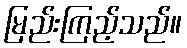
မြည်းကြည့်သည်။